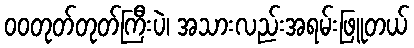
ဝဝတုတ်တုတ်ကြီးပဲ၊ အသားလည်းအရမ်းဖြူတယ်